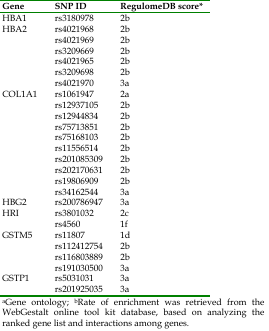
| Gene | SNP ID | RegulomeDB score* |
 | --- | --- | --- |
 | HBA1 | rs3180978 | 2b |
 | <ROWSPAN=6> HBA2 | rs4021968 | 2b |
 | rs4021969 | 2b |
 | rs3209669 | 2b |
 | rs4021965 | 2b |
 | rs3209698 | 2b |
 | rs4021970 | 3a |
 | <ROWSPAN=10> COL1A1 | rs1061947 | 2a |
 | rs12937105 | 2b |
 | rs12944834 | 2b |
 | rs75713851 | 2b |
 | rs75168103 | 2b |
 | rs11556514 | 2b |
 | rs201085309 | 2b |
 | rs202170631 | 2b |
 | rs19806909 | 2b |
 | rs34162544 | 3a |
 | HBG2 | rs200786947 | 3a |
 | <ROWSPAN=2> HRI | rs3801032 | 2c |
 | rs4560 | 1f |
 | <ROWSPAN=4> GSTM5 | rs11807 | 1d |
 | rs112412754 | 2b |
 | rs116803889 | 2b |
 | rs191030500 | 3a |
 | <ROWSPAN=2> GSTP1 | rs5031031 | 3a |
 | rs201925035 | 3a |
 | <COLSPAN=3> aGene ontology; bRate of enrichment was retrieved from the WebGestalt online tool kit database, based on analyzing the ranked gene list and interactions among genes. |